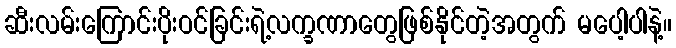
ဆီးလမ်းကြောင်းပိုးဝင်ခြင်းရဲ့လက္ခဏာတွေဖြစ်နိုင်တဲ့အတွက် မပေါ့ပါနဲ့။